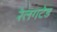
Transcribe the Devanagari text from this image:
रेलगटेड